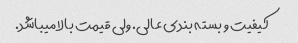
کیفیت و بسته بندی عالی. ولی قیمت بالا میباشد.